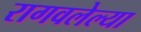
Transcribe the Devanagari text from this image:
रागवलेल्या